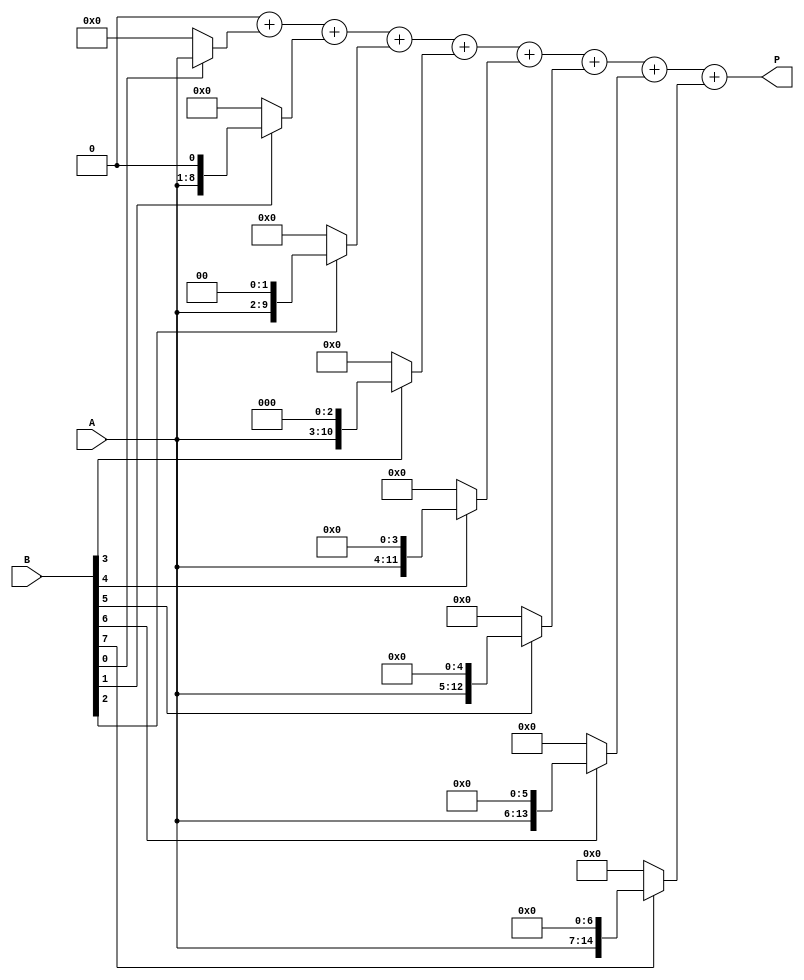
module radix2_multiplier #(parameter N = 8) (
    input  wire [N-1:0] A,  // Multiplicand
    input  wire [N-1:0] B,  // Multiplier
    output reg  [2*N-1:0] P // Product
);

    reg [2*N-1:0] partial_product [0:N-1]; // Array to hold partial products
    integer i, j;

    always @(*) begin
        // Initialize product to zero
        P = 0;

        // Generate partial products
        for (i = 0; i < N; i = i + 1) begin
            partial_product[i] = (B[i] ? (A << i) : 0); // Shift A left by i if B[i] is 1
        end

        // Sum the partial products
        for (j = 0; j < N; j = j + 1) begin
            P = P + partial_product[j]; // Accumulate the partial products
        end
    end

endmodule